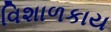
વિશાળકાય